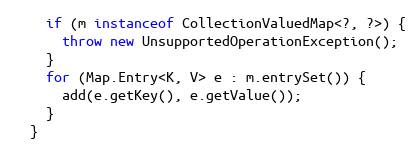
Language: Java
    if (m instanceof CollectionValuedMap<?, ?>) {
      throw new UnsupportedOperationException();
    }
    for (Map.Entry<K, V> e : m.entrySet()) {
      add(e.getKey(), e.getValue());
    }
  }